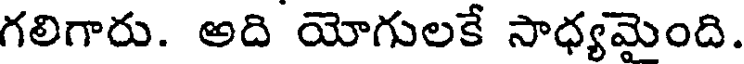
గలిగారు. అది యోగులకే సాధ్యమైంది.